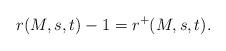
LaTeX: \begin{align*}r(M,s,t)-1 = r^+(M,s,t).\end{align*}